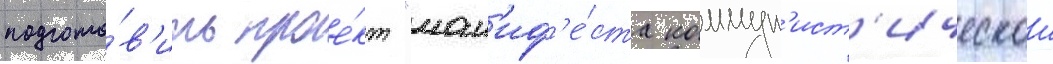
подгото́в'ить прое́кт "ман'иф'е́ста коммун'ист'ическои